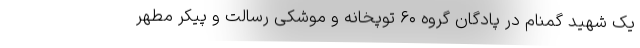
یک شهید گمنام در پادگان گروه ۶۰ توپخانه و موشکی رسالت و پیکر مطهر